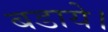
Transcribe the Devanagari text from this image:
बडाये।